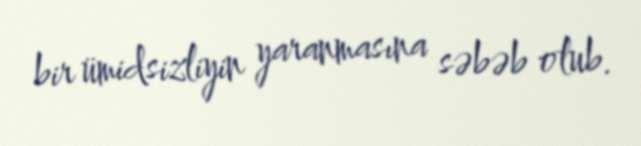
bir ümidsizliyin yaranmasına səbəb olub.